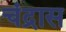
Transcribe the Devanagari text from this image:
चंद्रास